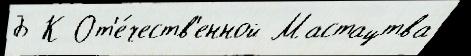
Б К От'е́честв'енной Мастацтва